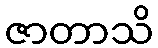
ဇာတာသိ